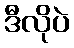
ဒီလိုပဲ